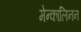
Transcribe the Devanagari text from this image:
मेन्कालिनन